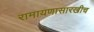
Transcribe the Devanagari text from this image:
रामायणासारखीच